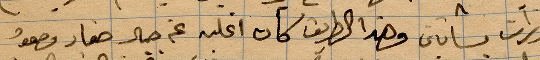
... بساتين وهذا الطريق كان اغلبه جبال صغار ...